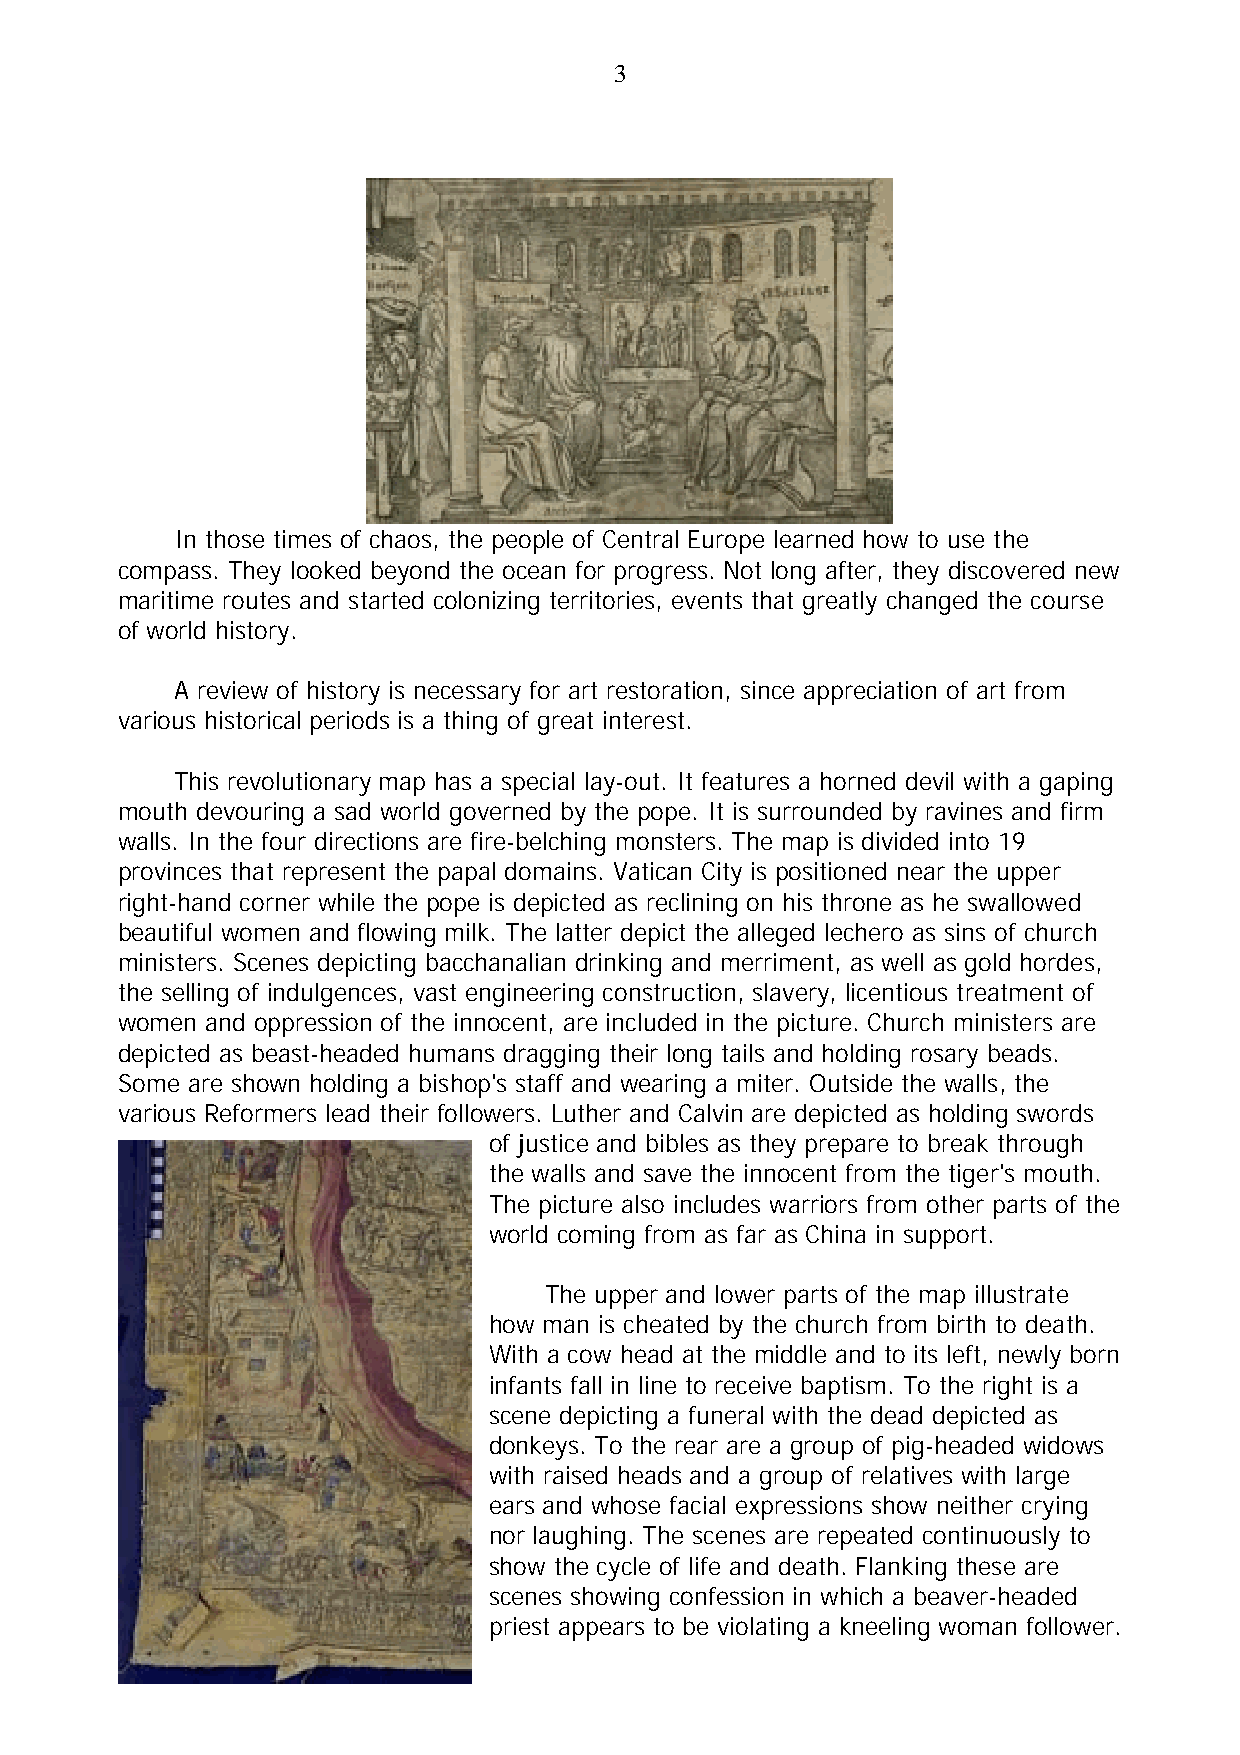
3
 In those times of chaos, the people of Central Europe learned how to use the
 compass. They looked beyond the ocean for progress. Not long after, they discovered new
 maritime routes and started colonizing territories, events that greatly changed the course
 of world history.
 A review of history is necessary for art restoration, since appreciation of art from
 various historical periods is a thing of great interest.
 This revolutionary map has a special lay-out. It features a horned devil with a gaping
 mouth devouring a sad world governed by the pope. It is surrounded by ravines and firm
 walls. In the four directions are fire-belching monsters. The map is divided into 19
 provinces that represent the papal domains. Vatican City is positioned near the upper
 right-hand corner while the pope is depicted as reclining on his throne as he swallowed
 beautiful women and flowing milk. The latter depict the alleged lechero as sins of church
 ministers. Scenes depicting bacchanalian drinking and merriment, as well as gold hordes,
 the selling of indulgences, vast engineering construction, slavery, licentious treatment of
 women and oppression of the innocent, are included in the picture. Church ministers are
 depicted as beast-headed humans dragging their long tails and holding rosary beads.
 Some are shown holding a bishop's staff and wearing a miter. Outside the walls, the
 various Reformers lead their followers. Luther and Calvin are depicted as holding swords
 of justice and bibles as they prepare to break through
 the walls and save the innocent from the tiger's mouth.
 The picture also includes warriors from other parts of the
 world coming from as far as China in support.
 The upper and lower parts of the map illustrate
 how man is cheated by the church from birth to death.
 With a cow head at the middle and to its left, newly born
 infants fall in line to receive baptism. To the right is a
 scene depicting a funeral with the dead depicted as
 donkeys. To the rear are a group of pig-headed widows
 with raised heads and a group of relatives with large
 ears and whose facial expressions show neither crying
 nor laughing. The scenes are repeated continuously to
 show the cycle of life and death. Flanking these are
 scenes showing confession in which a beaver-headed
 priest appears to be violating a kneeling woman follower.